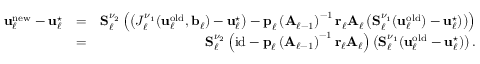
\begin{array} { r l r } { \boldsymbol { \mathbf { u } } _ { \ell } ^ { \mathrm { n e w } } - \boldsymbol { \mathbf { u } } _ { \ell } ^ { \star } } & { = } & { \boldsymbol { \mathbf { S } } _ { \ell } ^ { \nu _ { 2 } } \left( \left( J _ { \ell } ^ { \nu _ { 1 } } ( \boldsymbol { \mathbf { u } } _ { \ell } ^ { \mathrm { o l d } } , \boldsymbol { \mathbf { b } } _ { \ell } ) - \boldsymbol { \mathbf { u } } _ { \ell } ^ { \star } \right) - \boldsymbol { \mathbf { p } } _ { \ell } \left( \boldsymbol { \mathbf { A } } _ { \ell - 1 } \right) ^ { - 1 } \boldsymbol { \mathbf { r } } _ { \ell } \boldsymbol { \mathbf { A } } _ { \ell } \left( \boldsymbol { \mathbf { S } } _ { \ell } ^ { \nu _ { 1 } } ( \boldsymbol { \mathbf { u } } _ { \ell } ^ { \mathrm { o l d } } ) - \boldsymbol { \mathbf { u } } _ { \ell } ^ { \star } ) \right) \right) } \\ & { = } & { \boldsymbol { \mathbf { S } } _ { \ell } ^ { \nu _ { 2 } } \left( \mathrm { i d } - \boldsymbol { \mathbf { p } } _ { \ell } \left( \boldsymbol { \mathbf { A } } _ { \ell - 1 } \right) ^ { - 1 } \boldsymbol { \mathbf { r } } _ { \ell } \boldsymbol { \mathbf { A } } _ { \ell } \right) \left( \boldsymbol { \mathbf { S } } _ { \ell } ^ { \nu _ { 1 } } ( \boldsymbol { \mathbf { u } } _ { \ell } ^ { \mathrm { o l d } } - \boldsymbol { \mathbf { u } } _ { \ell } ^ { \star } ) \right) . } \end{array}